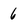
Character: 6